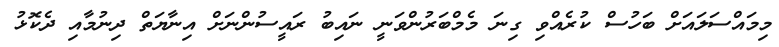
މިމައްސަލައަށް ބަހުސް ކުރެއްވި ގިނަ މެމްބަރުންވަނީ ނައިބު ރައީސުންނަށް އިނާޔަތް ދިނުމާއި ދެކޮޅު